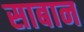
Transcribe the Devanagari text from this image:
साबान